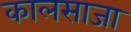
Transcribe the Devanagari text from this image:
कालसाजा